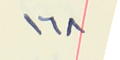
١٦٨